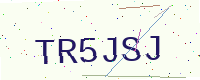
Text: TR5JSJ